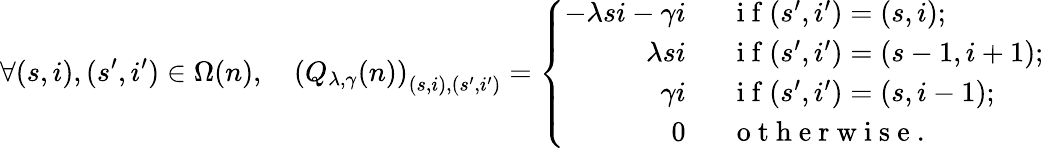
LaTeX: \forall(s,i),(s^{\prime},i^{\prime})\in\Omega(n),\quad\left(Q_{\lambda,\gamma}(n)\right)_{(s,i),(s^{\prime},i^{\prime})}=\left\{ \begin{array}{ll}{\begin{array}{rl}{-\lambda si-\gamma i\; \; }&{{}\mathrm{~i~f~}(s^{\prime},i^{\prime})=(s,i);}\\ {\lambda si\; \; }&{{}\mathrm{~i~f~}(s^{\prime},i^{\prime})=(s-1,i+1);}\\ {\gamma i\; \; }&{{}\mathrm{~i~f~}(s^{\prime},i^{\prime})=(s,i-1);}\\ {0\; \; }&{{}\mathrm{~o~t~h~e~r~w~i~s~e~.~}}\end{array}}\end{array}\right.